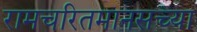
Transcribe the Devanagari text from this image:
रामचरितमानसच्या